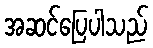
အဆင်ပြေပါသည်